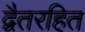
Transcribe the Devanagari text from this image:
द्वैतरहित